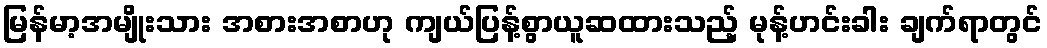
မြန်မာ့အမျိုးသား အစားအစာဟု ကျယ်ပြန့်စွာယူဆထားသည့် မုန့်ဟင်းခါး ချက်ရာတွင်